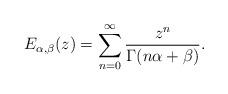
LaTeX: \begin{align*}E_{\alpha,\beta}(z)=\sum_{n=0}^\infty \frac{z^n}{\Gamma(n \alpha +\beta)}. \end{align*}